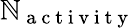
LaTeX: \mathbb{N}_{\mathrm{{~a~c~t~i~v~i~t~y~}}}